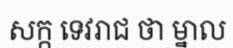
សក្ក ទេវរាជ ថា ម្នាល